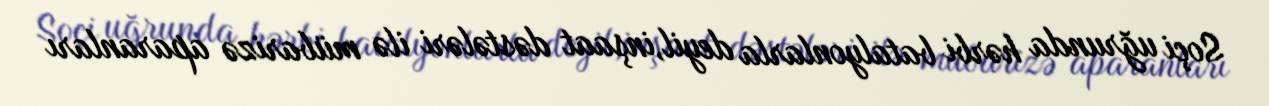
Soçi uğrunda hərbi batalyonlarla deyil,inşaat dəstələri ilə mübarizə aparanları